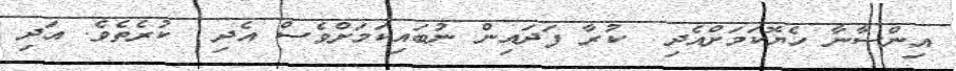
އިންސާނާ ހެޔޮކަމަށްއެދި  ކުރާ ފަދައިން ނުބައިކަމަށްވެސް އެދި  ކުރެތެވެ. އަދި